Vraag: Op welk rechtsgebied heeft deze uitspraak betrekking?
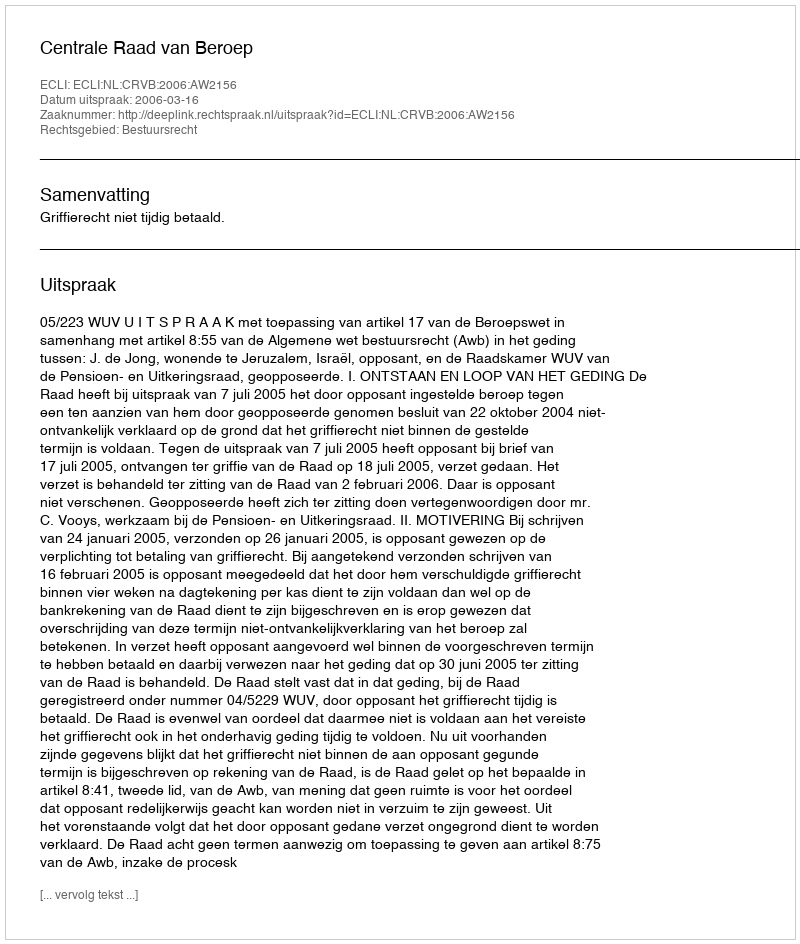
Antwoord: Bestuursrecht